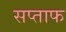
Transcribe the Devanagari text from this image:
सप्ताफ